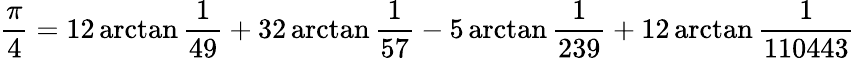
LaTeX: {\frac{\pi}{4}}=12\arctan{\frac{1}{49}}+32\arctan{\frac{1}{57}}-5\arctan{\frac{1}{239}}+12\arctan{\frac{1}{110443}}